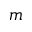
m